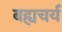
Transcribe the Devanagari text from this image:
बह्यचर्य